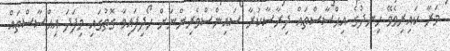
މަރާ ކައިރިވެވޭ ހިނދުގެ އިޙްސާސްތައް ދިރާސާކުރާ ސައިންސްވެރިންނަށް ހޯދިފައިވާ ގޮތުގައި މިފަދަ އިޙްސާސްތައް